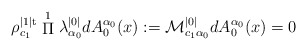
\begin{align*}\rho_{c_1}^{|1|\rm{t}}\stackrel{1}{\Pi}\lambda_{\alpha_0}^{|0|}dA_0^{\alpha_0}(x):=\mathcal{M}_{c_1\alpha_0}^{|0|}dA_0^{\alpha_0}(x)=0\end{align*}